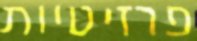
פרזיטיות